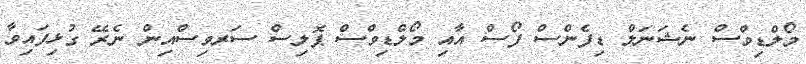
މޯލްޑިވްސް ނެޝަނަލް ޑިފެންސް ފޯސް އާއި މޯލްޑިވްސް ޕޮލިސް ސަރވިސްއިން ނެރޭ ގުޅިފައިވާ